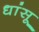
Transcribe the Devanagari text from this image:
धांसू